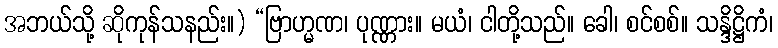
အဘယ်သို့ ဆိုကုန်သနည်း။) “ဗြာဟ္မဏ၊ ပုဏ္ဏား။ မယံ၊ ငါတို့သည်။ ခေါ၊ စင်စစ်။ သန္ဒိဋ္ဌိကံ၊